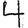
Digit: 4